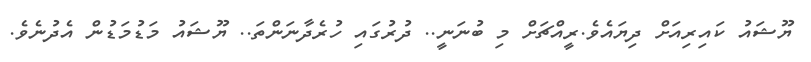
ޔޫޝައު ކައިރިއަށް ދިޔައެވެ.ރީއްޗަށް މި ބުނަނީ.. ދުރުގައި ހުރެދާނަންތަ.. ޔޫޝައު މަޑުމަޑުން އެދުނެވެ.